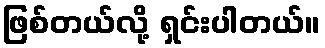
ဖြစ်တယ်လို့ ရှင်းပါတယ်။